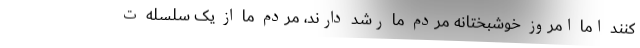
کنند اما امروز خوشبختانه مردم ما رشد دارند، مردم ما از یک سلسله ت